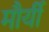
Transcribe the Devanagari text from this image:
मौर्यी